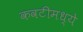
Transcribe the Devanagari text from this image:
कवटीमध्ये